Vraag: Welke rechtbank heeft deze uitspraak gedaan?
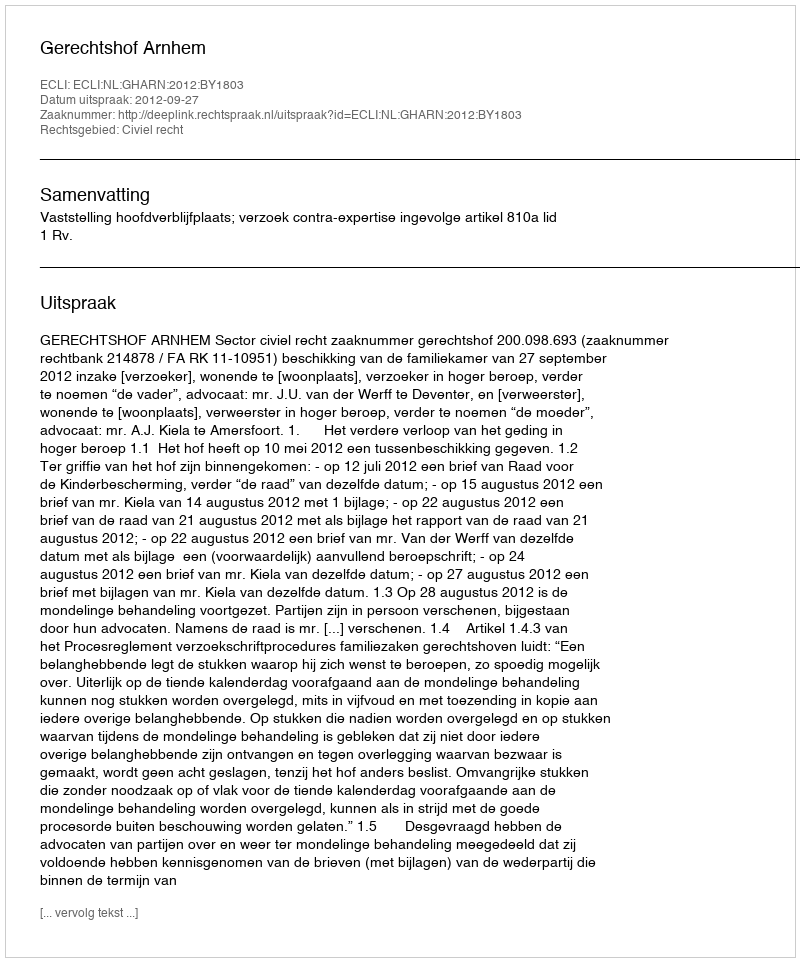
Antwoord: Gerechtshof Arnhem